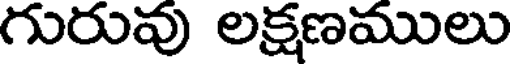
గురువు లక్షణములు